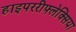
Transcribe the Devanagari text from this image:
हाइपररीफ्लेक्सिया